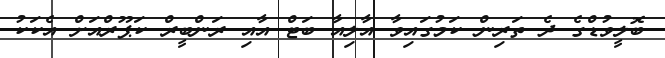
ބޮލީވުޑްގެ ދެ ތަރިން ކަމުގައިވާ އާލިއާ ބަޓް އާއި ރަންބީރް ކަޕޫރްއަށް އެކަކު